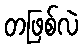
တဖြစ်လဲ